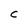
Character: C